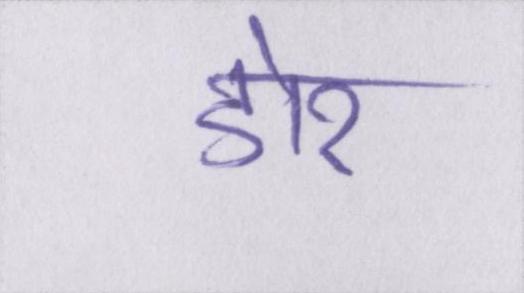
डोर